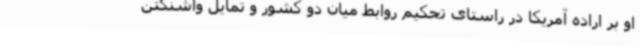
او بر اراده آمریکا در راستای تحکیم روابط میان دو کشور و تمایل واشنگتن